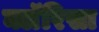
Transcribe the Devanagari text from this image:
क्लॅरिसा